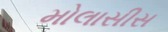
મોલાસીસ